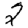
Digit: 2